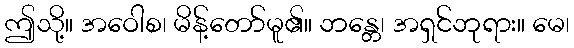
ဤသို့။ အဝေါစ၊ မိန့်တော်မူ၏။ ဘန္တေ၊ အရှင်ဘုရား။ မေ၊